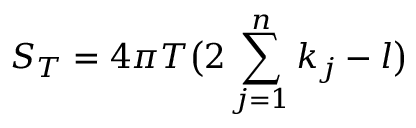
S _ { T } = 4 \pi T \bigl ( 2 \sum _ { j = 1 } ^ { n } k _ { j } - l \bigr )